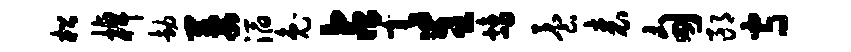
松棹劫萋滔兔占毫呈鸪养表甸郎守